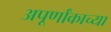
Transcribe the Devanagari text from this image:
अपूर्णांकाच्या